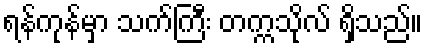
ရန်ကုန်မှာ သက်ကြီး တက္ကသိုလ် ရှိသည်။